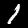
Label: 1